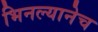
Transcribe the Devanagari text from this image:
भिनल्यानेच